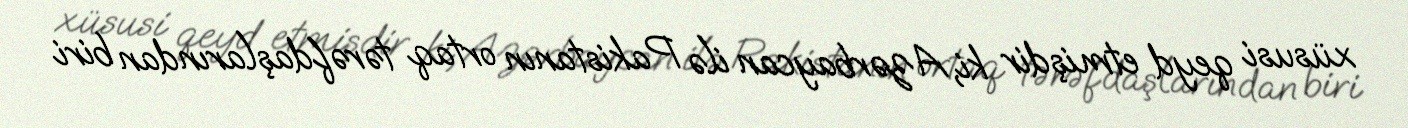
xüsusi qeyd etmişdir ki, Azərbaycan ilə Pakistanın ortaq tərəfdaşlarından biri